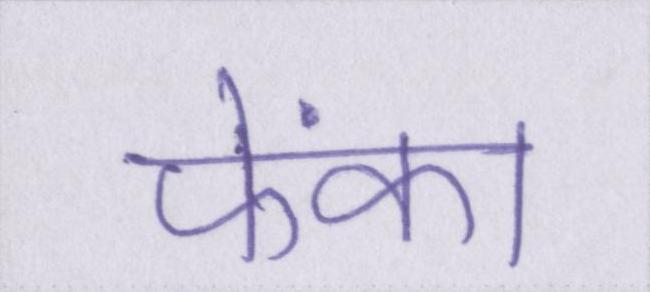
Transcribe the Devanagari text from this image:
फेंका